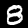
Digit: 8